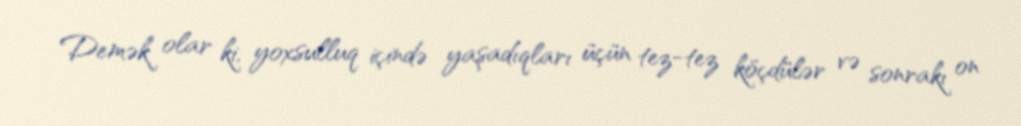
Demək olar ki, yoxsulluq içində yaşadıqları üçün tez-tez köçdülər və sonrakı on